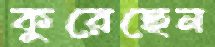
কুরেছেন